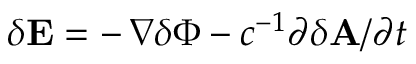
\delta { \bf E } = - \, \nabla \delta \Phi - c ^ { - 1 } \partial \delta { \bf A } / \partial t